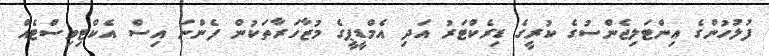
ފުލުހުންގެ އިންޓަލިޖެންސުގެ ކުރީގެ ޑިރެކްޓަރު އަދި އެމްޑީޕީގެ މުޒާހަރާތަކުން ފެންނަ އިސް އެކްޓިވިސްޓެއް